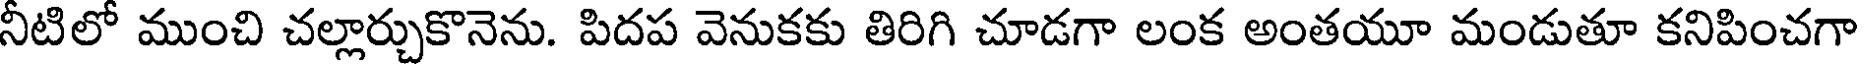
నీటిలో ముంచి చల్లార్చుకొనెను. పిదప వెనుకకు తిరిగి చూడగా లంక అంతయూ మండుతూ కనిపించగా